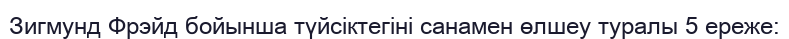
Зигмунд Фрэйд бойынша түйсіктегіні санамен өлшеу туралы 5 ереже: